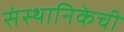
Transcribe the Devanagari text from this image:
संस्थानिकेची